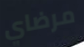
مرضاي